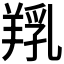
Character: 𦎞